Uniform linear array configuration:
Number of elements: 32
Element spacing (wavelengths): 1
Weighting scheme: blackman
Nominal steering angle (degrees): -45
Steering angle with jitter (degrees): -46.769
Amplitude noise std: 0.05
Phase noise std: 0.05

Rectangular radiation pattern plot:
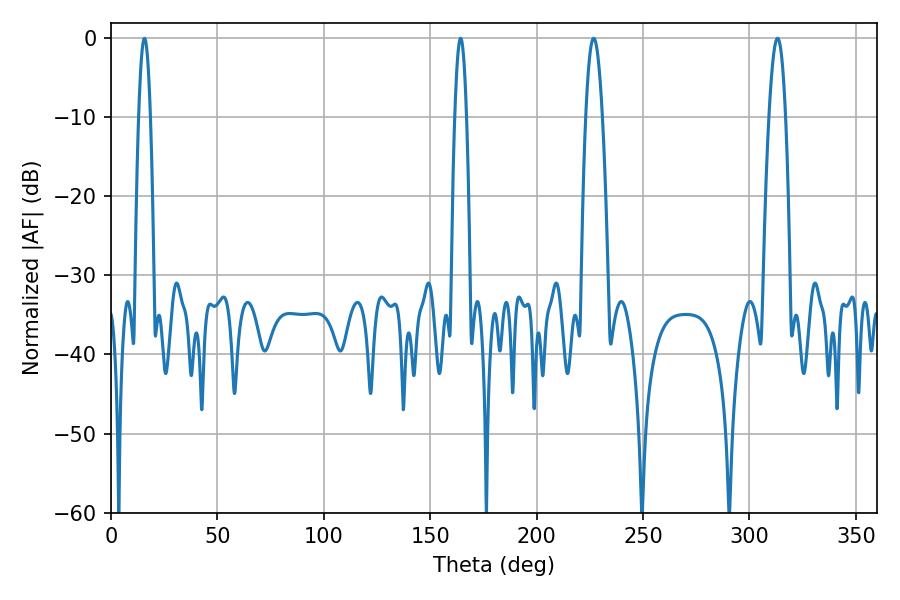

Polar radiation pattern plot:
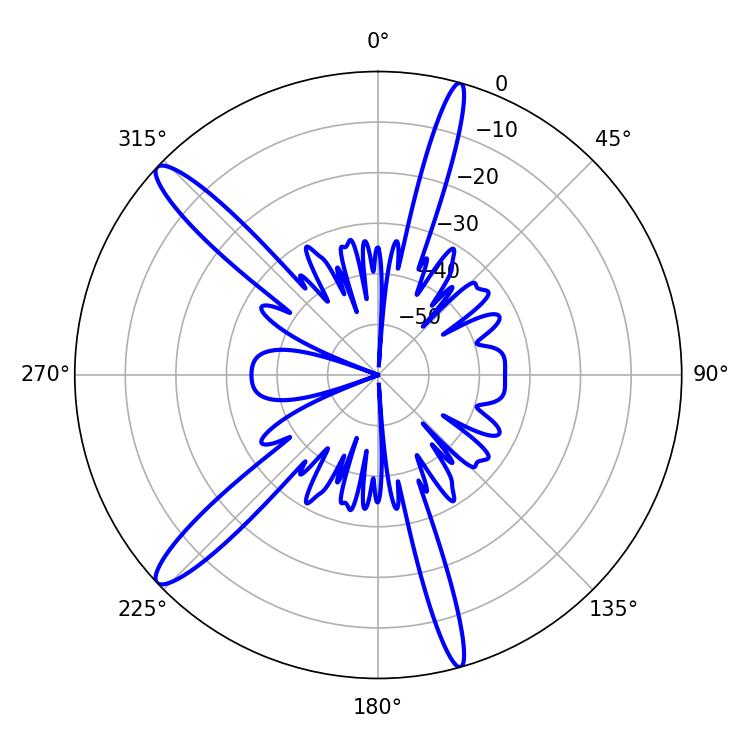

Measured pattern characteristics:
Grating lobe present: TRUE
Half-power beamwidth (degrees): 4.32
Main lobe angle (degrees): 226.8